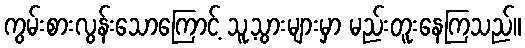
ကွမ်းစားလွန်းသောကြောင့် သူ့သွားများမှာ မည်းတူးနေကြသည်။